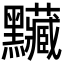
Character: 𪓅